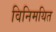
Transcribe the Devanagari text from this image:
विनिमयित